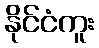
နိုင်ငံကူး